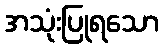
အသုံးပြုရသော